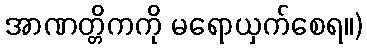
အာဏတ္တိကကို မရောယှက်စေရ။)